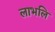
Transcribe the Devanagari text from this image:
लाभलि